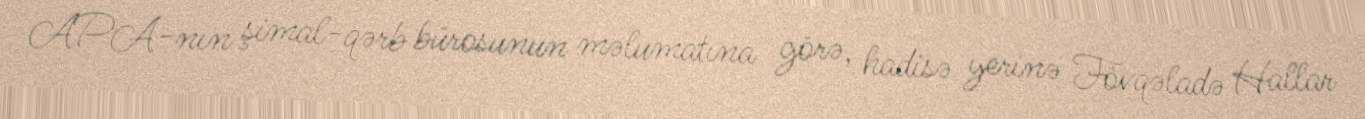
APA-nın şimal-qərb bürosunun məlumatına görə, hadisə yerinə Fövqəladə Hallar